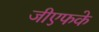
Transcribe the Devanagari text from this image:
जीएफके